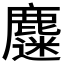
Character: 𪋗